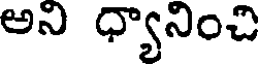
అని ధ్యానించి